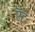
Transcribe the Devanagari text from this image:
ऍंट